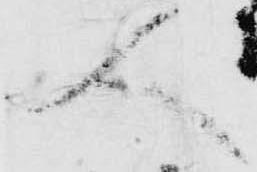
人